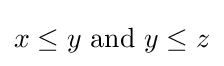
x\leq y{\text{ and }}y\leq z